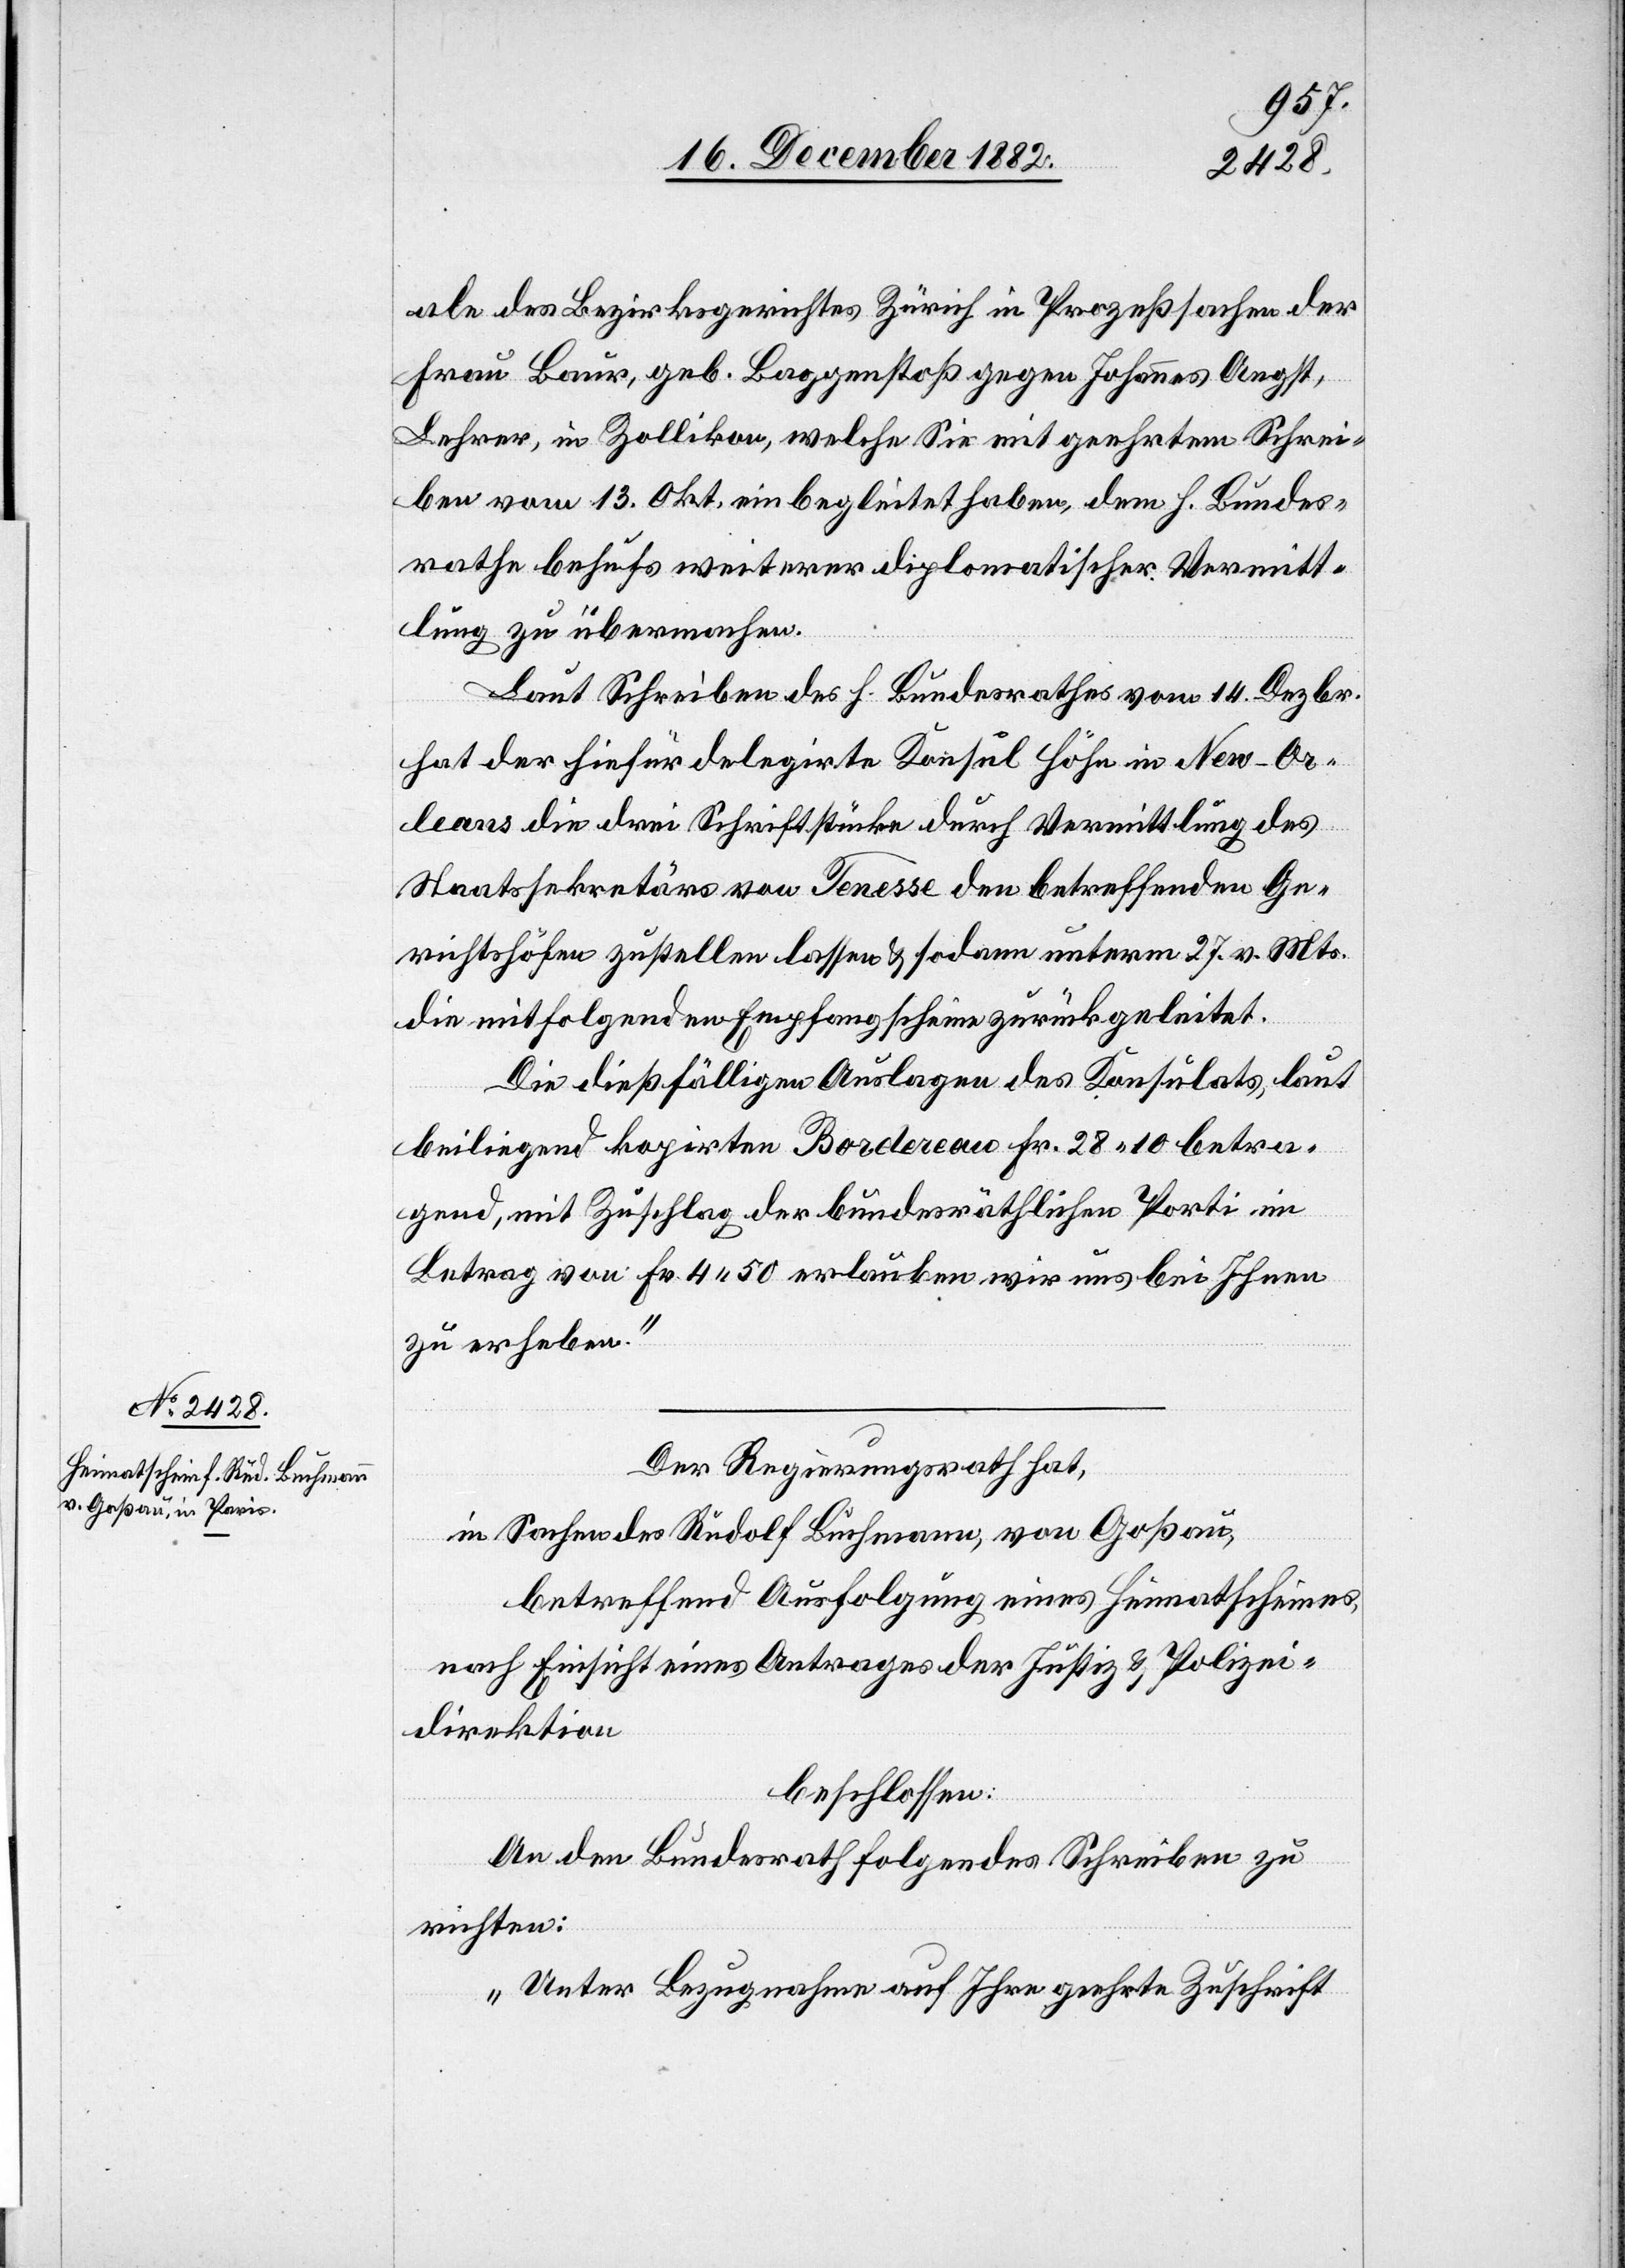
18. December 1882.]
ale des Bezirksgerichtes Zürich in Prozeßsachen der
Frau Baur, geb. Baggenstoß gegen Johannes Angst,
Lehrer, in Zollikon, welche Sie mit geehrtem Schrei¬
ben vom 13. Okt. einbegleitet haben, dem h. Bundes¬
rathe behufs weiterer diplomatischer Vermitt¬
lung zu übermachen.
Laut Schreiben des h. Bundesrathes vom 14. Dezbr.
hat der hiefür delegirte Konsul Höhn in New-Or¬
leans die drei Schriftstücke durch Vermittlung des
Staatssekretärs von Tenesse den betreffenden Ge¬
richtshöfen zustellen lassen & sodann unterm 27. v. Mts.
die mitfolgenden Empfangsscheine zurück geleitet.
Die dießfälligen Auslagen des Konsulats, laut
beiliegend kopirten Bordereau Fr. 28 10 betra¬
gend, mit Zuschlag der bundesräthlichen Porti im
Betrag von Fr. 4 50 erlauben wir uns bei Ihnen
zu erheben.“
Der Regierungsrath hat,
in Sachen des Rudolf Buchmann, von Goßau,
betreffend Ausfolgung eines Heimatscheines
nach Einsicht eines Antrages der Justiz- & Polizei¬
direktion,
beschlossen:
An den Bundesrath folgendes Schreiben zu
richten:
„Unter Bezugnahme auf Ihre geehrte Zuschrift